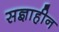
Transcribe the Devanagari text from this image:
सज्ञाहीन